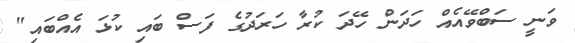
ވަނީ ސަބްވޭއެއް ހަދަން ހޭދަ ކުރާ ހަރަދުގެ ފަސް ބައި ކުޅަ އެއްބައި"